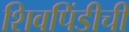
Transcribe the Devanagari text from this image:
शिवपिंडीची